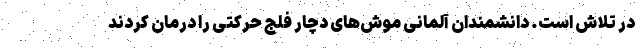
در تلاش است. دانشمندان آلمانی موش‌های دچار فلج حرکتی را درمان کردند